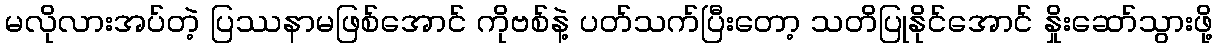
မလိုလားအပ်တဲ့ ပြဿနာမဖြစ်အောင် ကိုဗစ်နဲ့ ပတ်သက်ပြီးတော့ သတိပြုနိုင်အောင် နှိုးဆော်သွားဖို့